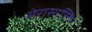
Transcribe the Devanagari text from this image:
सेरासालिर